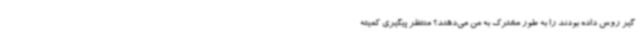
گیر روس داده بودند را به طور مشترک به من می‌دهند؟ منتظر پیگیری کمیته